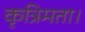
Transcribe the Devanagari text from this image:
कृत्रिमता।